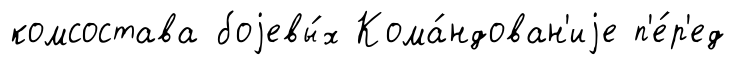
комсостава боjевы́х Кома́ндован'иjе п'е́р'ед